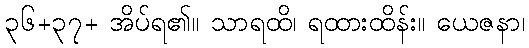
၃၆+၃၇+ အိပ်ရ၏။ သာရထိ၊ ရထားထိန်း။ ယေဇနာ၊